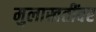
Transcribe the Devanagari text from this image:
मुलाखतींवर